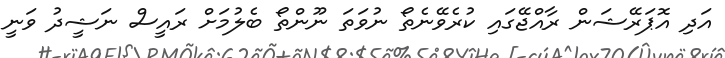
އަދި އޮޕަރޭޝަން ރާއްޖޭގައި ކުރެވޭނެތޯ ނުވަތަ ނޫންތޯ ބެލުމަށް ރައީސް ނަޝީދު ވަނީ